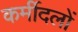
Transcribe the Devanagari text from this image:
कर्मीदलों